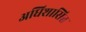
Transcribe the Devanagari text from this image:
अधिशासित